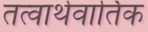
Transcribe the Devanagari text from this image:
तत्वार्थवार्तिक